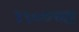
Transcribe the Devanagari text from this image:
१९०७च्या